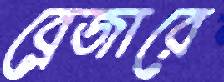
ব্লেজারে